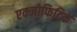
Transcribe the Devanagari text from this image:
एक्जोफिटिक